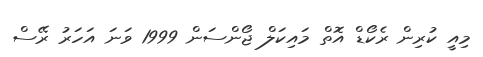
މިއީ ކުރިން ރެކޯޑް އޮތް މައިކަލް ޖޯންސަން 1999 ވަނަ އަހަރު ރޭސް